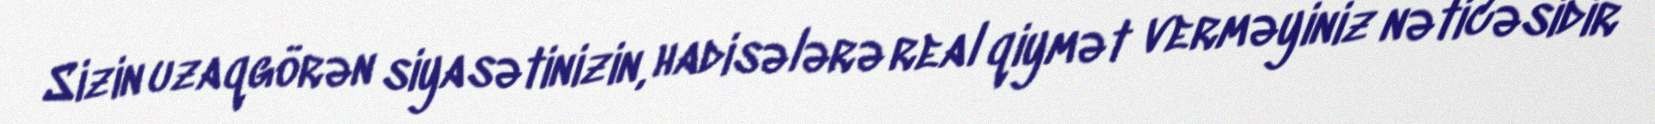
Sizin uzaqgörən siyasətinizin, hadisələrə real qiymət verməyiniz nəticəsidir